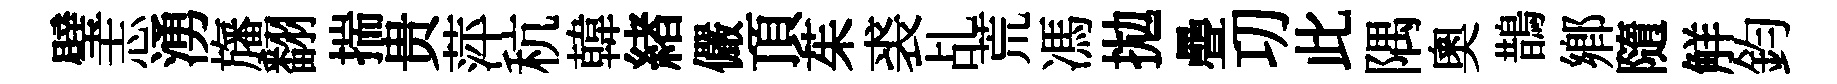
璧志湧旛翻揣贵萍秔韓緖儼頂茱裘乩荒馮拋疊㓛此隅奧鵲鄕隨觧鈞